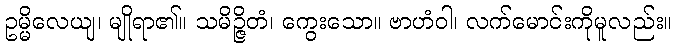
ဥမ္မိလေယျ၊ မျိုရာ၏။ သမိဉ္ဇိတံ၊ ကွေးသော။ ဗာဟံဝါ၊ လက်မောင်းကိုမူလည်း။